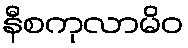
နီစကုလာမိဝ